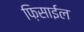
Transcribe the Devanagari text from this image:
फ़िसाईल